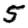
Digit: 5